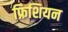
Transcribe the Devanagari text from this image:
फ्रिशियन